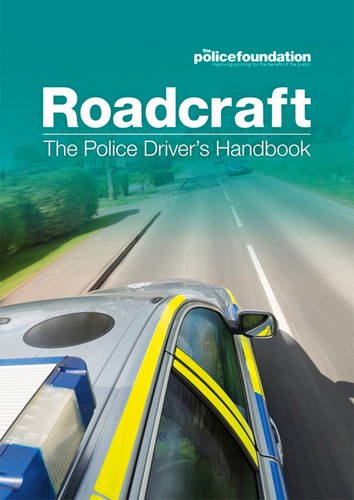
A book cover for Roadcraft: The Police Driver's Handbook; Philip Coyne; Test Preparation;